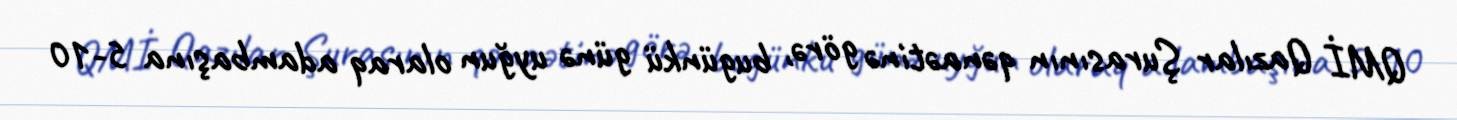
QMİ Qazılar Şurasının qənaətinə görə, bugünkü günə uyğun olaraq adambaşına 5-10